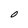
Character: O